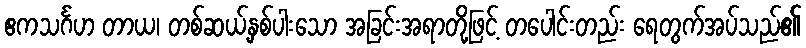
ဧကသင်္ဂဟ တာယ၊ တစ်ဆယ့်နှစ်ပါးသော အခြင်းအရာတို့ဖြင့် တပေါင်းတည်း ရေတွက်အပ်သည်၏